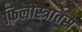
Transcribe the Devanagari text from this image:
फिलोस्त्रातस